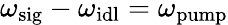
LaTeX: \omega_{\mathrm{sig}}-\omega_{\mathrm{idl}}=\omega_{\mathrm{pump}}